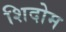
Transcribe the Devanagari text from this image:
शिदोम